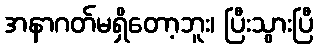
အနာဂတ်မရှိတော့ဘူး၊ ပြီးသွားပြီ